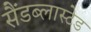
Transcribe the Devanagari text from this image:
सैंडब्लास्टेड